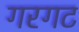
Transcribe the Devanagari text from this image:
गरगट